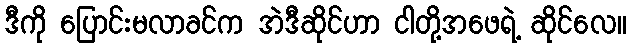
ဒီကို ပြောင်းမလာခင်က အဲဒီဆိုင်ဟာ ငါတို့အဖေရဲ့ ဆိုင်လေ။